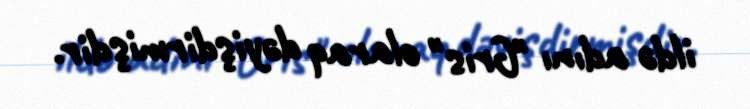
ildə adını "Gris" olaraq dəyişdirmişdir.